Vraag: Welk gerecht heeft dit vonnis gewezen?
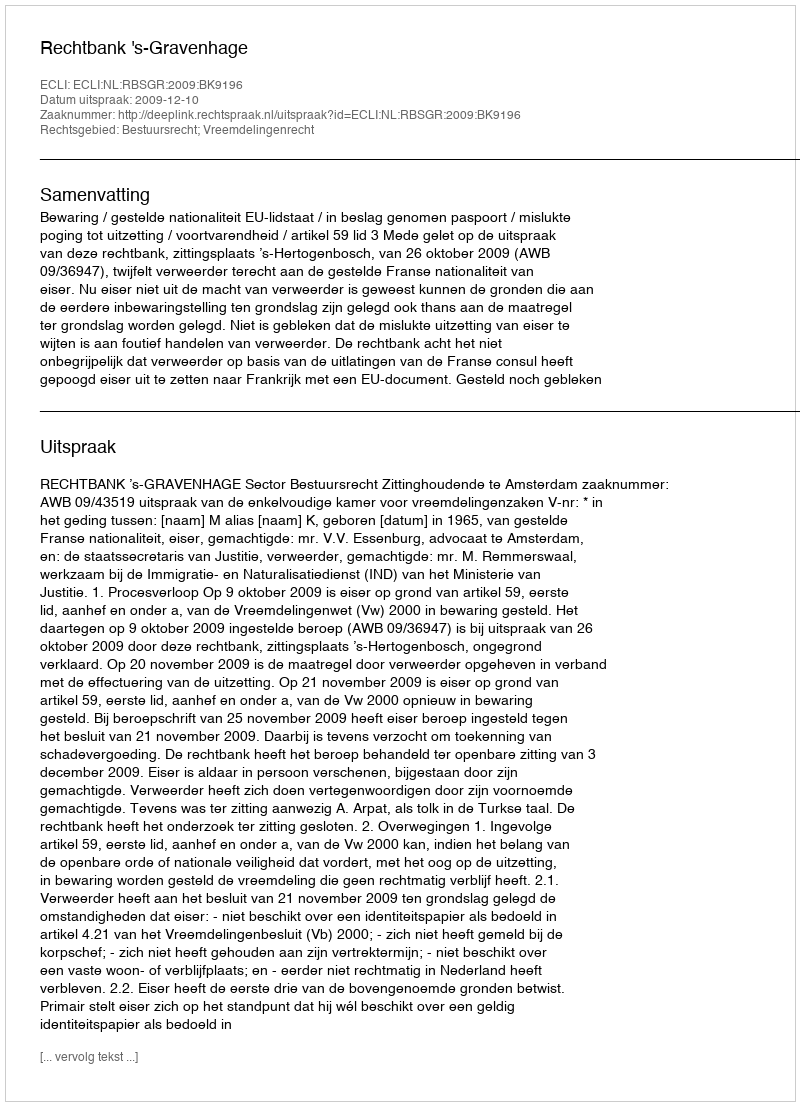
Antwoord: Rechtbank 's-Gravenhage